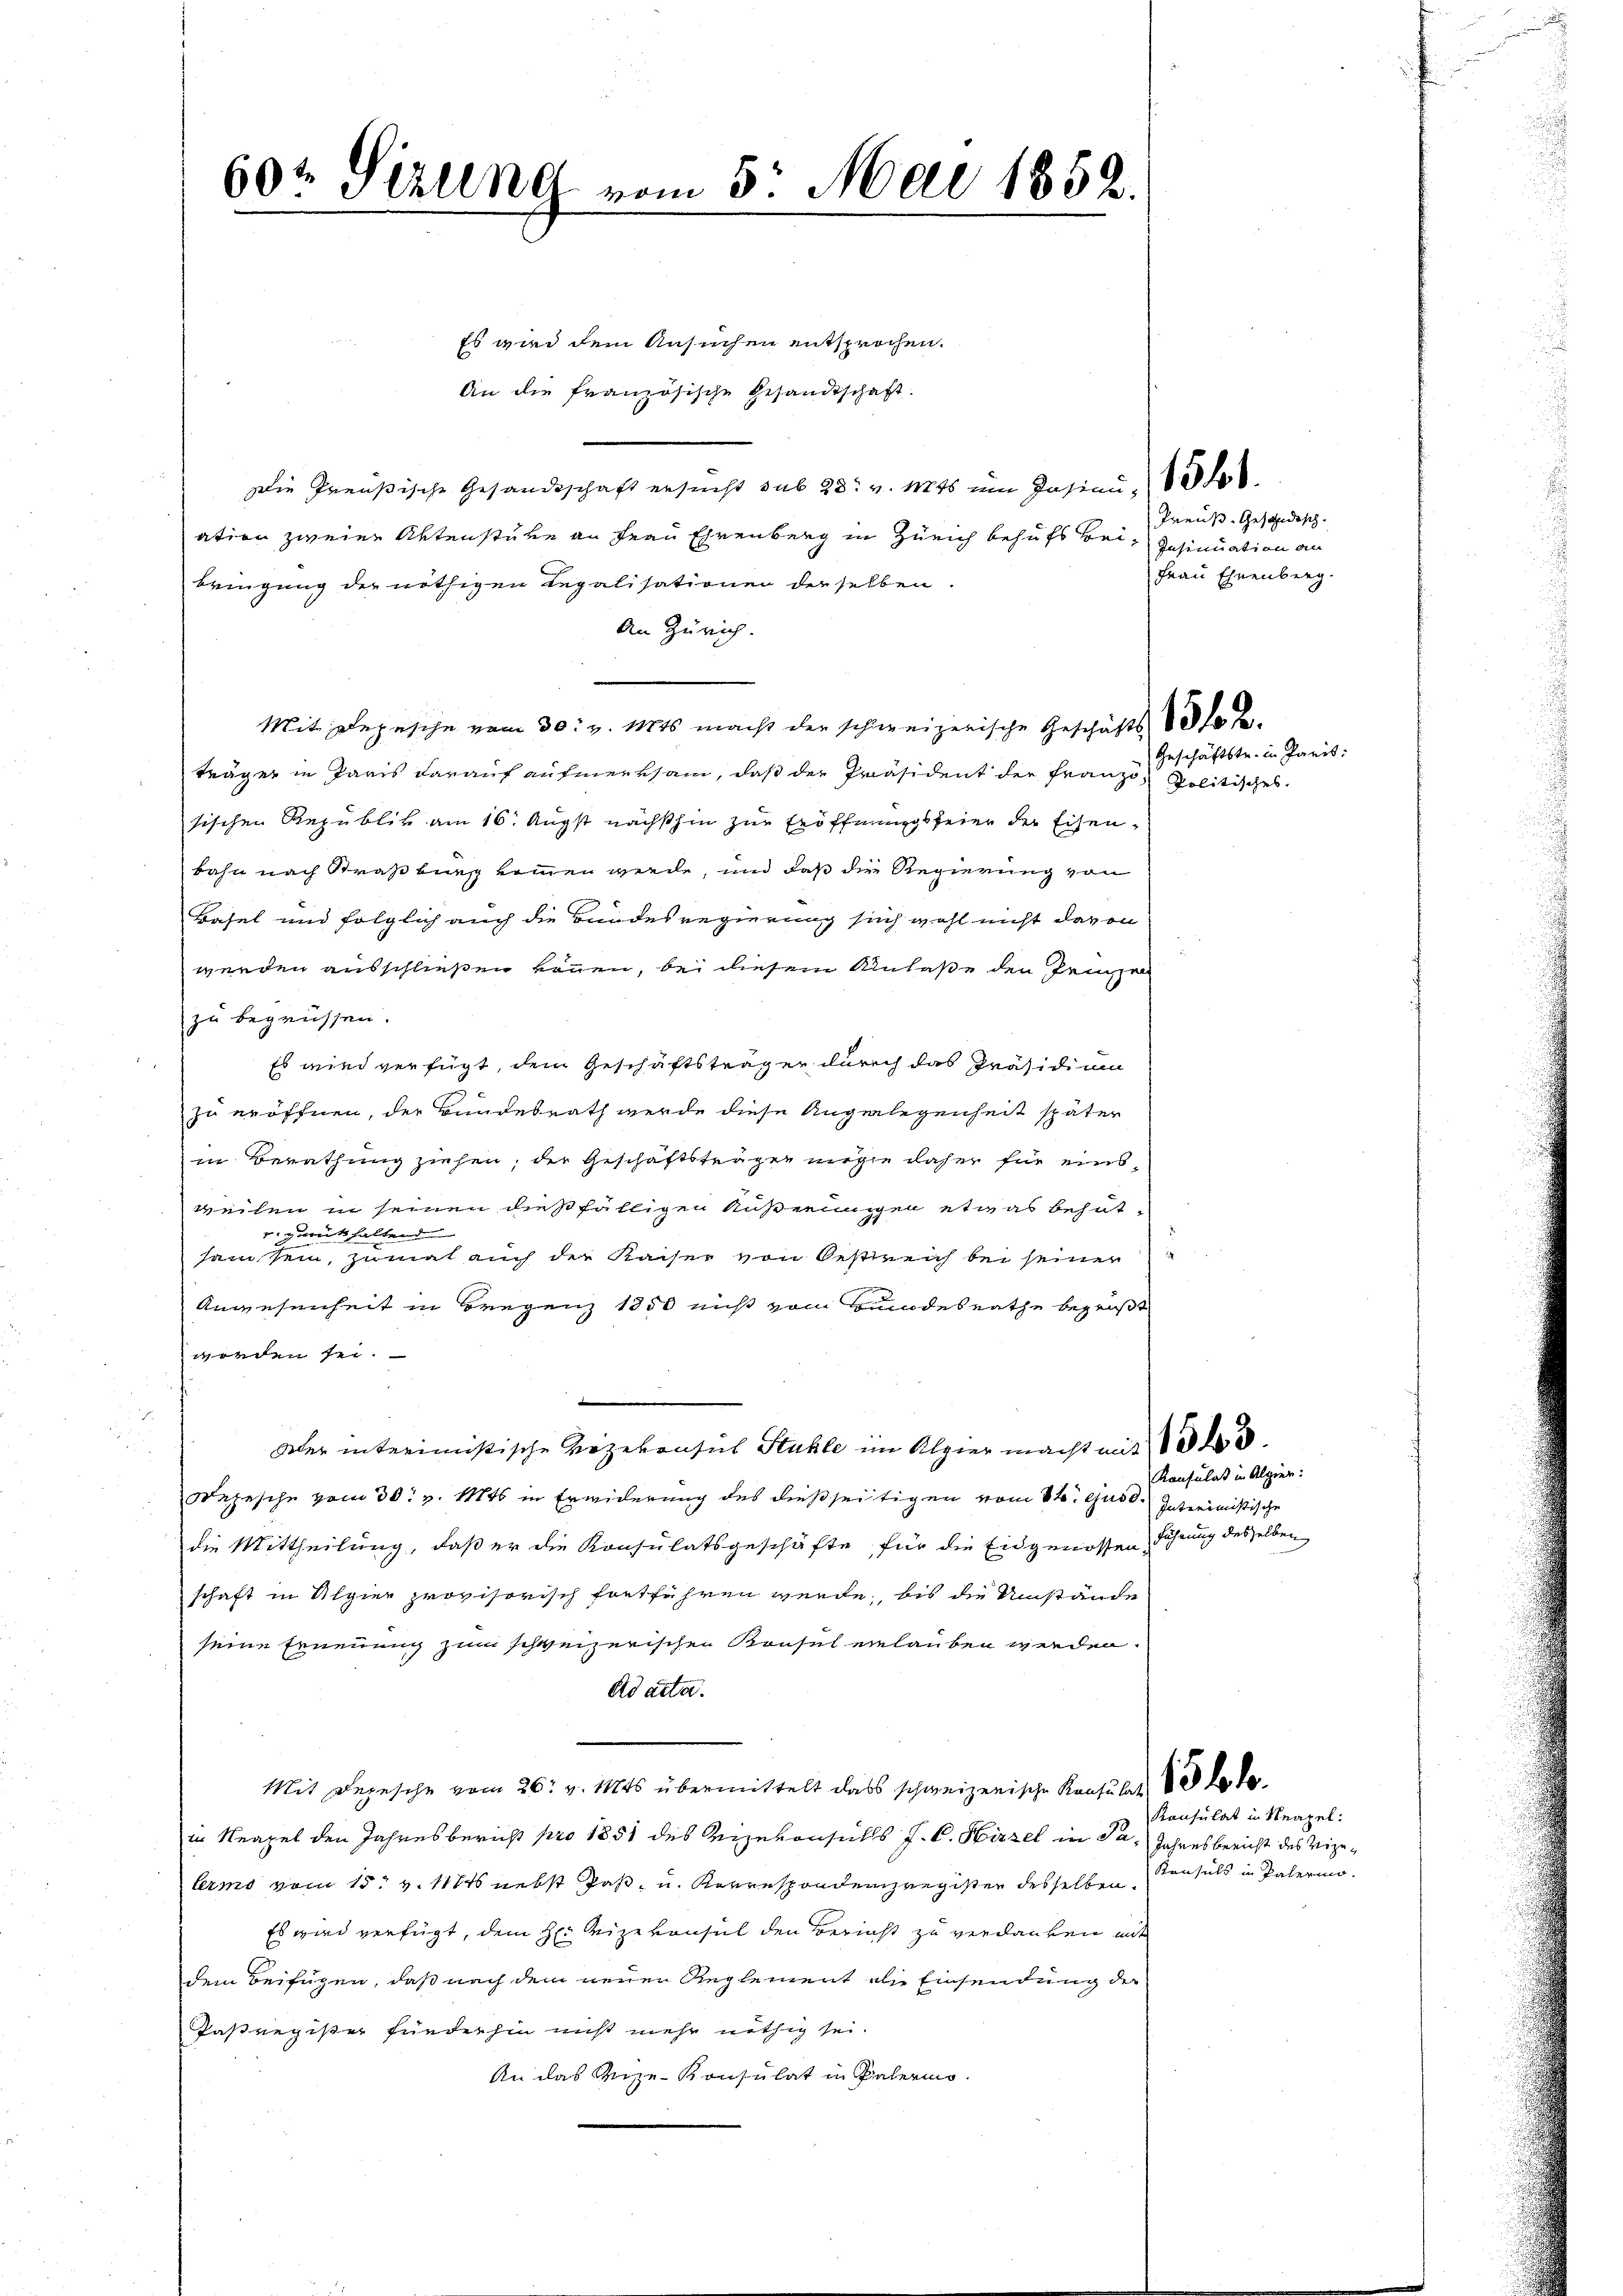
60t Pizling vom 5. Mai 1852.

Es wird dem Ansuchen entsprochen.
An die französische Gesandtschaft.
Die Preußische Gesandtschaft ersucht sub 28. v. Mts um Jasien, d
ation zweier Aktenstube an Frau Ehrenberg in Zürich behufs bei, Schinuation an
bringung der nöthigen Legalisationen derselben.
An Zürich.
Mit Depesche vom 30. v. Mts macht der schweizerische Geschäfts 1810 f.
träger in Paris darauf aufmerksam, daß der Präsident der Franzo Politisches.
sischen Republik am 16. Augst nächsthin zur Eröffnungsfeier der Eisenbahn nach Straßburg kommen werde, und daß die Regierung von
Basel und folglich auch die Bundesregierung sich wohl nicht davon
werden ausschließen können, bei diesem Anlaße den Prinzel
zu begrüssen.
Es wird verfügt, dem Geschäftsträger durch das Präsidium
zu eröffnen, der Bundesrath werde diese Ungerlegenheit später
in Berathung ziehen, der Geschäftsträgen möge daher für einsweilen in seinen dießfälligen Äußerungen etwas behut-
r zurückhaltend
sam sein, zumat auch der Kaiser von Oestreich bei seiner
Angesenheit in Bregenz 1850 nicht vom Bundesrathe begrüßt
worden sei.
Der interimistische Vizekonsus Stühle im Alpier macht mit 10 t d.
Depesche vom 30. v. Mts in Erwiderung des dießseitigen vom 8ten ejusd. Interimistische
die Mittheilung, daß er die Konsulatsgeschäfte, für die Eidgenossen Führung desselben
schaft in Alpier provisorisch fortführen werde, bis die Umstände
seine Ernennung zum schweizerischen Konsul einlauben werden.
Ad acta.
Mit Depesche vom 26. v. Mts. übermittelt dass schweizerische Konsula 13 de
in Neapel den Jahresbericht pro 1851 des Vizekonsuls J. C. Hirzel in Pa- Jahresbericht des Vizelermo vom 15. v. 11716 nebst Paß- u. Korrespondenzregister desselben.
Es wird verfügt, dem H. Vizekonsul den Bericht zu verdanken mit
dem Beifügen, daß nach dem neuen Reglement die Einsendung der
Pasregister finderhin nicht mehr nöthig sei.
An das Reize-Konsulat in Palermo¬

Preuß. Geschedisch.
Frau Ehrenberg.

Geschäftstr. in Paris:

Konsulat in Algier

Konsulat in Neapel:
Konsuls in Paterino.

u